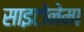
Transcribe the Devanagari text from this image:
साइटोनेमा